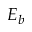
E _ { b }